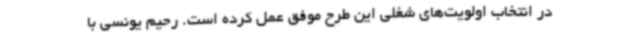
در انتخاب اولویت‌های شغلی این طرح موفق عمل کرده است. رحیم یونسی با